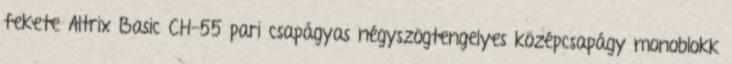
fekete Altrix Basic CH-55 pari csapágyas négyszögtengelyes középcsapágy monoblokk